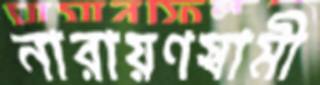
নারায়ণস্বামী